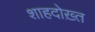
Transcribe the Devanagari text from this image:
शाहदोख़्त